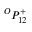
{ } ^ { O } { P } _ { 1 { 2 } } ^ { + }